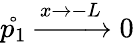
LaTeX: \mathring{p_{1}}\xrightarrow{x\rightarrow-L}0